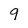
Character: 9